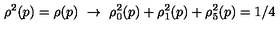
\rho ^ { 2 } ( p ) = \rho ( p ) \ \rightarrow \ \rho _ { 0 } ^ { 2 } ( p ) + \rho _ { 1 } ^ { 2 } ( p ) + \rho _ { 5 } ^ { 2 } ( p ) = 1 / 4